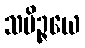
သမိဉ္ဇယေ